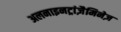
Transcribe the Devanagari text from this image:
अलनाइनट्रांज़ैमिनेज़